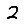
Digit: 2